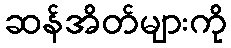
ဆန်အိတ်များကို